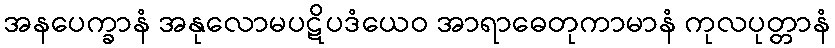
အနပေက္ခာနံ အနုလောမပဋိပဒံယေဝ အာရာဓေတုကာမာနံ ကုလပုတ္တာနံ